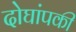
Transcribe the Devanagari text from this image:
दोघांपकी